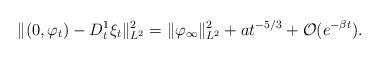
LaTeX: \begin{align*}\| (0,\varphi_t)-D_t^1\xi_t\|_{L^2}^2 = \|\varphi_\infty\|_{L^2}^2 + a t^{-5/3} + \mathcal{O}(e^{-\beta t}).\end{align*}